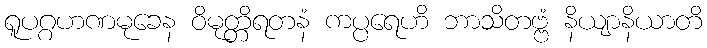
ရူပဂ္ဂဟဏမုခေန ဝိမုတ္တိရတနံ ကပ္ပရေဟိ ဘာသိတဗ္ဗံ နိယျာနိယာတိ